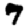
Digit: 7